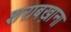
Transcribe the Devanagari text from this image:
शराबख़ाना